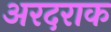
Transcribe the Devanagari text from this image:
अरदराक